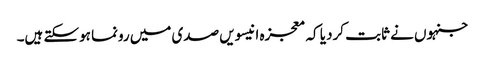
جنہوں نے ثابت کردیا کہ معجزہ انیسویں صدی میں رونما ہوسکتے ہیں۔